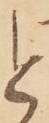
と